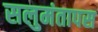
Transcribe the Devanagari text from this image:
सलुमंतापस